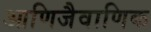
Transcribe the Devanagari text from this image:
आणिजैवाणिक